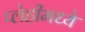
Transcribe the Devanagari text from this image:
प्लेहीमध्ये